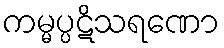
ကမ္မပ္ပဋိသရဏော